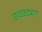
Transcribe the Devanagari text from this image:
सावळदबारा